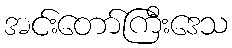
အင်းတော်ကြီးဒေသ